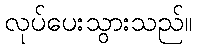
လုပ်ပေးသွားသည်။